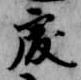
処